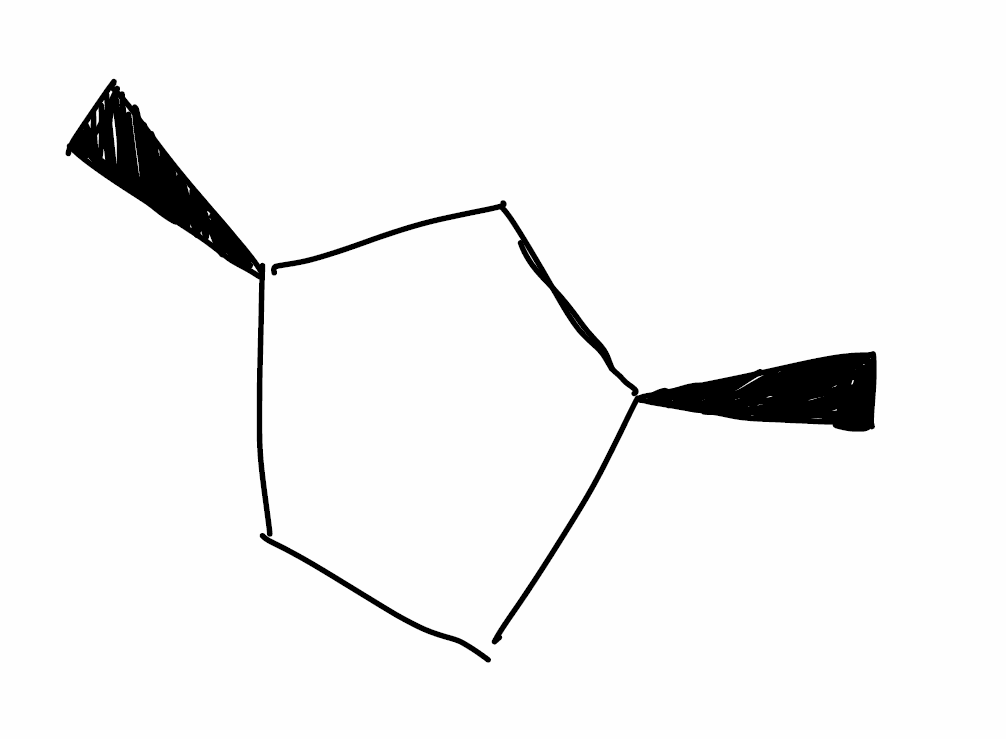
Simplified molecular-input line-entry system (SMILES) notation of the given molecule:
C[C@@H]1CC[C@@H](C1)C